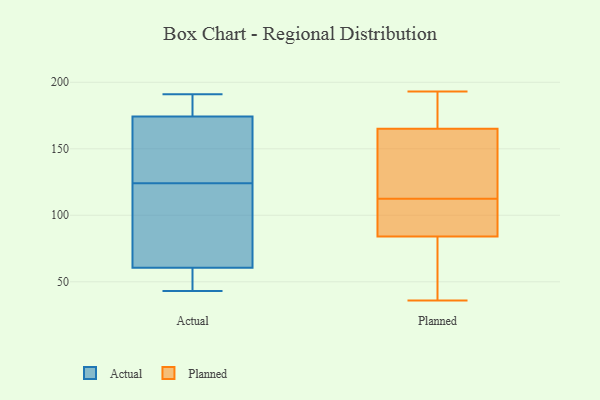
{"axis": {"x": "Active Users", "y": "Value"}, "legend": ["Actual", "Planned"], "data": [{"x": "", "y": 191, "type": "Actual"}, {"x": "", "y": 172, "type": "Actual"}, {"x": "", "y": 124, "type": "Actual"}, {"x": "", "y": 83, "type": "Actual"}, {"x": "", "y": 53, "type": "Actual"}, {"x": "", "y": 175, "type": "Actual"}, {"x": "", "y": 49, "type": "Actual"}, {"x": "", "y": 43, "type": "Actual"}, {"x": "", "y": 160, "type": "Actual"}, {"x": "", "y": 186, "type": "Actual"}, {"x": "", "y": 91, "type": "Actual"}, {"x": "", "y": 45, "type": "Planned"}, {"x": "", "y": 97, "type": "Planned"}, {"x": "", "y": 118, "type": "Planned"}, {"x": "", "y": 170, "type": "Planned"}, {"x": "", "y": 84, "type": "Planned"}, {"x": "", "y": 160, "type": "Planned"}, {"x": "", "y": 36, "type": "Planned"}, {"x": "", "y": 84, "type": "Planned"}, {"x": "", "y": 187, "type": "Planned"}, {"x": "", "y": 193, "type": "Planned"}, {"x": "", "y": 116, "type": "Planned"}, {"x": "", "y": 109, "type": "Planned"}]}